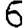
Digit: 6